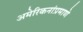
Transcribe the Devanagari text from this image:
अमेरिकनांप्रमाणे